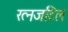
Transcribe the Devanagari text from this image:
रत्नजटिल